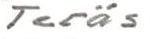
Teräs